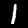
Digit: 1